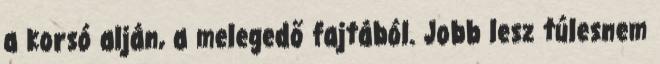
a korsó alján, a melegedő fajtából. Jobb lesz túlesnem